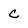
Character: C